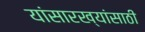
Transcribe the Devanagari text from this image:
यांसारख्यांसाठी